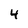
Character: 4